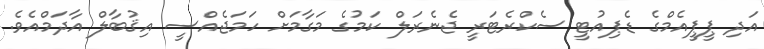
އަދި ޕީޕީއެމްގެ ޑެޕިއުޓީ ސެކްރެޓަރީ ޖެނެރަލް ކަމުގެ މަގާމަށް ހަމަޖެއްސީ އިޤުބާލް އާދަމްއެވެ.